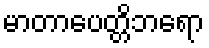
မာတာပေတ္တိဘရော